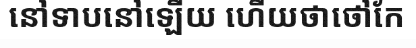
នៅទាបនៅឡើយ ហើយថាថៅកែ